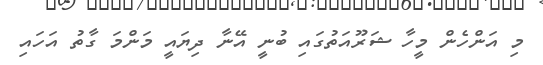
މި އަންހެން މީހާ ޝަރޫއަތުގައި ބުނީ އޭނާ ދިޔައީ މަންމަ ގާތު އަހައި